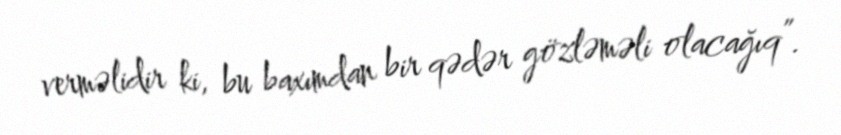
verməlidir ki, bu baxımdan bir qədər gözləməli olacağıq”.